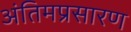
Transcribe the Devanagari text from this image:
अंतिमप्रसारण